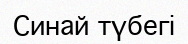
Синай түбегі